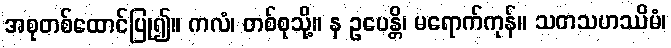
အစုတစ်ထောင်ပြု၍။ ကလံ၊ တစ်စုသို့။ န ဥပေန္တိ၊ မရောက်ကုန်။ သတသဟဿိမံ၊